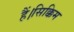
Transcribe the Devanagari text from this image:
हैं।सिक्किम